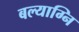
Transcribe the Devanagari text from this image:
बल्याग्नि